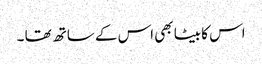
اس کا بیٹا بھی اس کے ساتھ تھا ۔